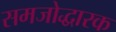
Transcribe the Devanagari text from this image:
समजोद्धारक